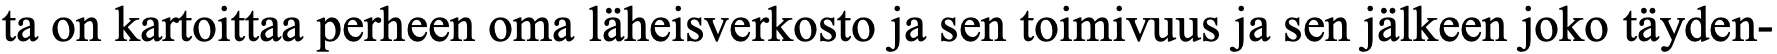
ta on kartoittaa perheen oma läheisverkosto ja sen toimivuus ja sen jälkeen joko täyden-